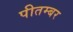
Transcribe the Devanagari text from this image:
पीतम्बर